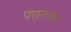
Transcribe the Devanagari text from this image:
पछताबा